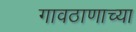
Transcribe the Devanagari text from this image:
गावठाणाच्या